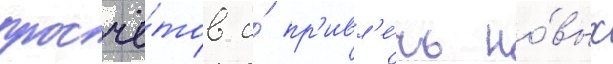
просчё́тов и́ пр'ивл'е́чь но́вых